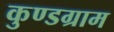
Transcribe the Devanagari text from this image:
कुण्डग्राम